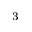
^ 3